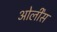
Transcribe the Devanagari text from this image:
ओर्लींस